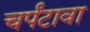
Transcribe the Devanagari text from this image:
चर्पंटावा